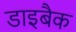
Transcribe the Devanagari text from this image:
डाइबैक